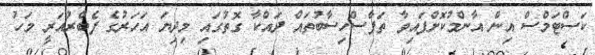
ކަސްޓަމްސް އިން އާންމުކޮށްފައިވާ ތަފާސްހިސާބުތައް ދައްކާ ގޮތުގައި މިދިޔަ އަހަރުގެ ފެބްރުއަރީ މަހު